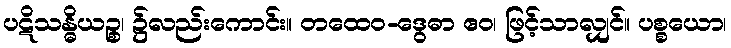
ပဋိသန္ဓိယဉ္စ၊ ၌လည်းကောင်း။ တထေဝ-ဒွေဓာ ဧဝ၊ ဖြင့်သာလျှင်။ ပစ္စယော၊